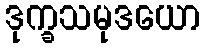
ဒုက္ခသမုဒယော